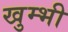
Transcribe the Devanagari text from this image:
खुम्भी